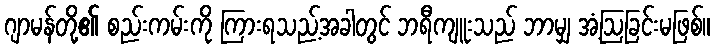
ဂျာမန်တို့၏ စည်းကမ်းကို ကြားရသည့်အခါတွင် ဘရီကျူးသည် ဘာမျှ အံ့ဩခြင်းမဖြစ်။